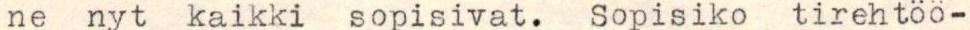
ne nyt kaikki sopisivat. Sopisiko tirehtöö-